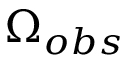
\Omega _ { o b s }